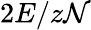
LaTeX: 2E/z\mathcal{N}